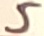
Text: 5